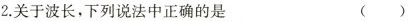
2.关于波长，下列说法中正确的是 （ ）